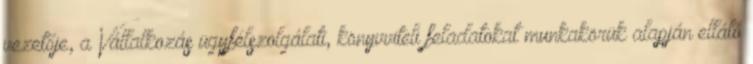
vezetője, a Vállalkozás ügyfélszolgálati, könyvviteli feladatokat munkakörük alapján ellátó